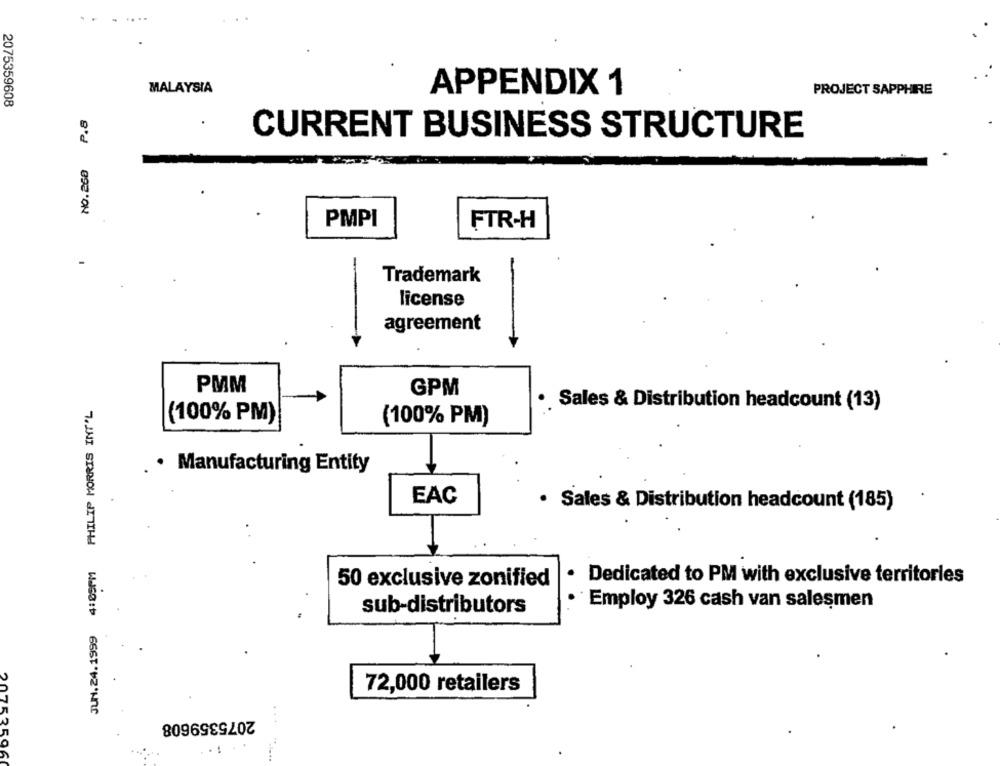
.
MALAYSIA
APPENDIX 1
PROJECT SAPPHIRE
2075359608
P.8
CURRENT BUSINESS STRUCTURE
NO.260
PMPI
FTR-H
-
Trademark
license
agreement
PMM
GPM
JUN.24.1999 4:05PM PHILIP MORRIS INT'L
· Sales & Distribution headcount (13)
(100% PM)
(100% PM)
. . Manufacturing Entity
EAC
· Sales & Distribution headcount (185)
50 exclusive zonified
Dedicated to PM with exclusive territories
· Employ 326 cash van salesmen
sub-distributors
72,000 retailers
2075359608
0753596